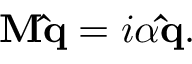
\mathbf { M } \mathbf { \hat { q } } = i \alpha \mathbf { \hat { q } } .